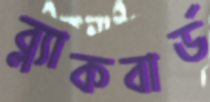
ব্ল্যাকবার্ড